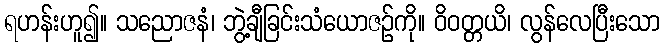
ရဟန်းဟူ၍။ သညောဇနံ၊ ဘွဲ့ချီခြင်းသံယောဇဉ်ကို။ ဝိဝတ္တယိ၊ လွန်လေပြီးသော